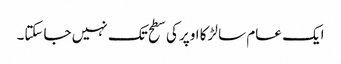
ایک عام سا لڑکا اوپر کی سطح تک نہیں جاسکتا۔